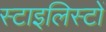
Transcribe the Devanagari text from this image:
स्टाइलिस्टों